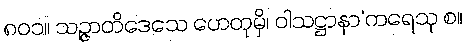
၈၀၁။ သဉ္ဇာတိဒေသေ ဟေတုမှိ၊ ဝါသဋ္ဌာနာ’ကရေသု စ။